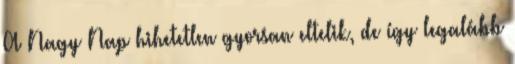
A Nagy Nap hihetetlen gyorsan eltelik, de így legalább